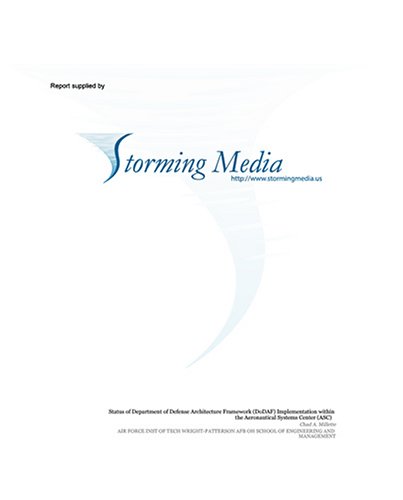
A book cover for Marine Ground Intelligence Reform: How to Redesign Ground Intelligence for the Threats of the 21st Century; Draw E. Cukor; Health, Fitness & Dieting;